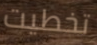
تخطيت